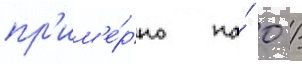
пр'им'е́рно на́ 0 /